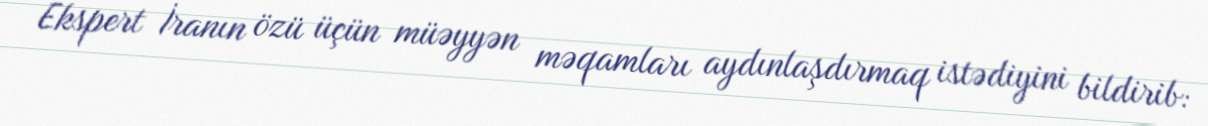
Ekspert İranın özü üçün müəyyən məqamları aydınlaşdırmaq istədiyini bildirib: